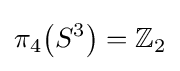
\pi _{4}{\mathord {\left(S^{3}\right)}}=\mathbb {Z} _{2}